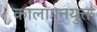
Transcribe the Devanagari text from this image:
कालापनयुक्त